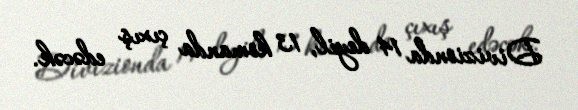
Divizionda 14 deyil, 13 komanda çıxış edəcək.